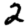
Digit: 2